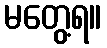
မတွေ့ရ။